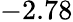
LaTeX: -2.78